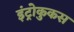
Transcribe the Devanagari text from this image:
इंट्रोकुकस